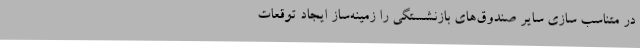
در متناسب سازی سایر صندوق‌های بازنشستگی را زمینه‌ساز ایجاد توقعات